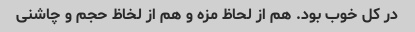
در کل خوب بود. هم از لحاظ مزه و هم از لخاظ حجم و چاشنی